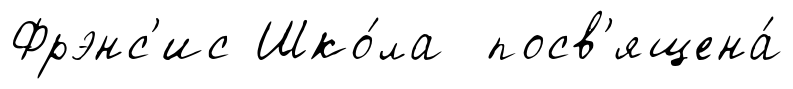
Фрэнс'ис Шко́ла посв'ящена́